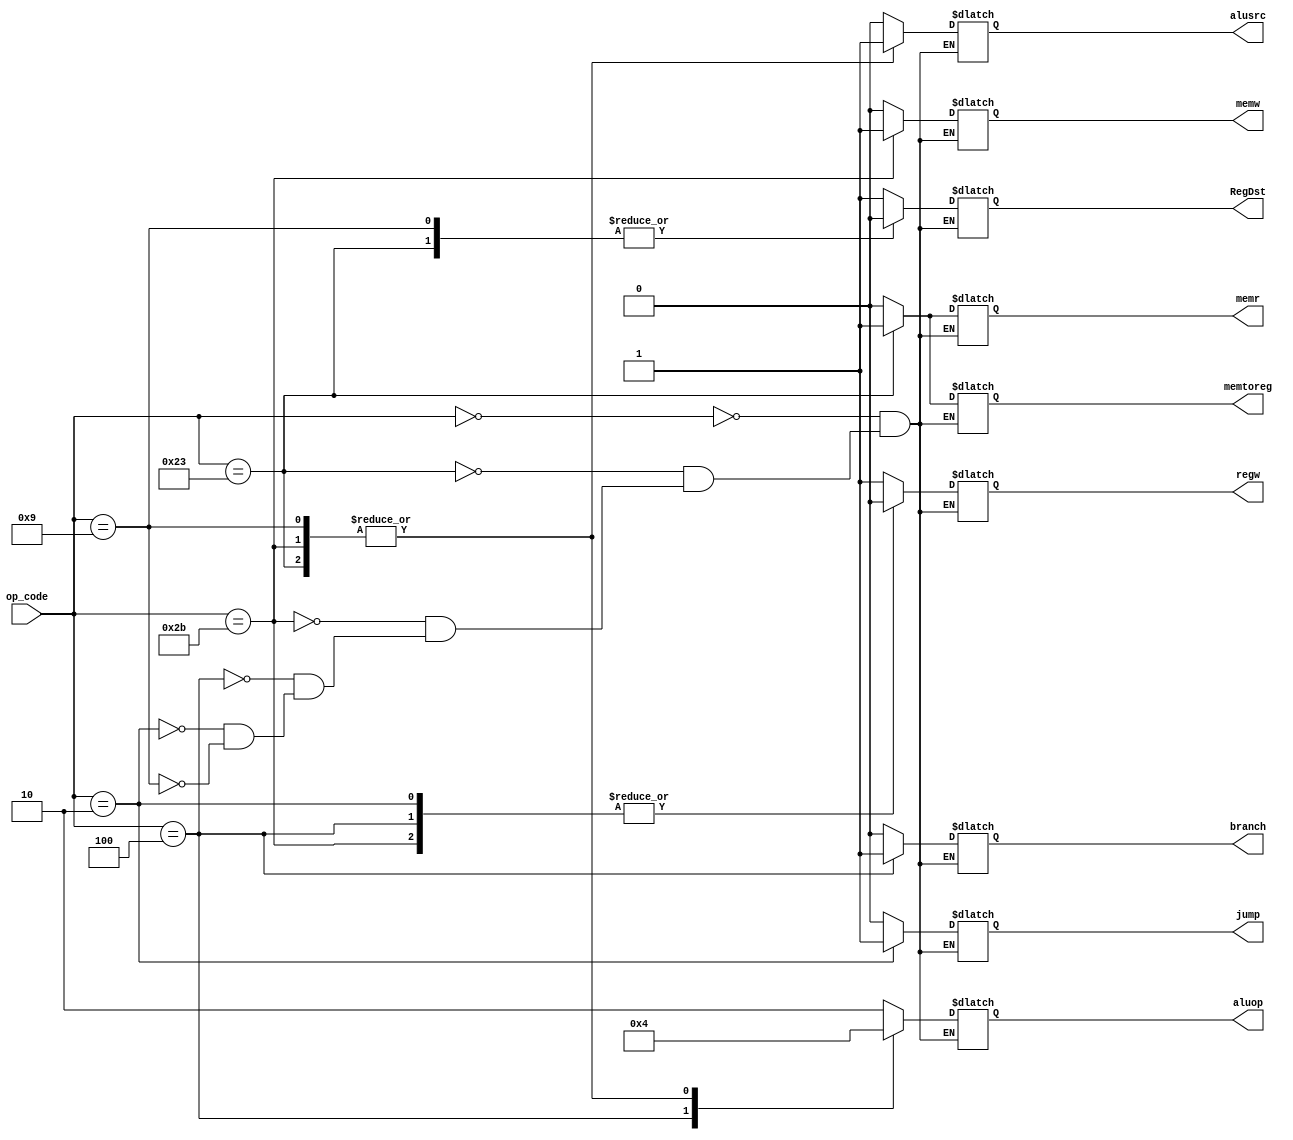
module CU(op_code, RegDst, regw, alusrc, memr, memw, memtoreg, branch, jump, aluop);
input [5:0] op_code;
output reg RegDst, regw, alusrc, memr, memw, memtoreg, branch, jump;
output reg [1:0] aluop;

parameter R_type = 6'b000000,
          lw = 6'b100011,
          sw = 6'b101011,
          beq = 6'b000100,
          j = 6'b000010,
          addiu = 6'b001001;
always @(op_code) begin
    #0.1
    case(op_code)
        R_type: {RegDst, regw, alusrc, memr, memw, memtoreg, branch, jump, aluop} <= 10'b1100000010;
        lw: {RegDst, regw, alusrc, memr, memw, memtoreg, branch, jump, aluop} <= 10'b0111010000;
        sw: {RegDst, regw, alusrc, memr, memw, memtoreg, branch, jump, aluop} <= 10'bx0101x0000;
        beq: {RegDst, regw, alusrc, memr, memw, memtoreg, branch, jump, aluop} <= 10'bx0000x1001;
        j: {RegDst, regw, alusrc, memr, memw, memtoreg, branch, jump, aluop} <= 10'bx0x00x01xx;
        addiu:{RegDst, regw, alusrc, memr, memw, memtoreg, branch, jump, aluop} <= 10'b0110000000;
    endcase
end
endmodule